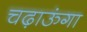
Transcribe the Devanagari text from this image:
चढ़ाऊंगा